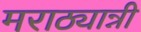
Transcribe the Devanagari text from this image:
मराठ्यान्नी